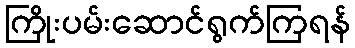
ကြိုးပမ်းဆောင်ရွက်ကြရန်